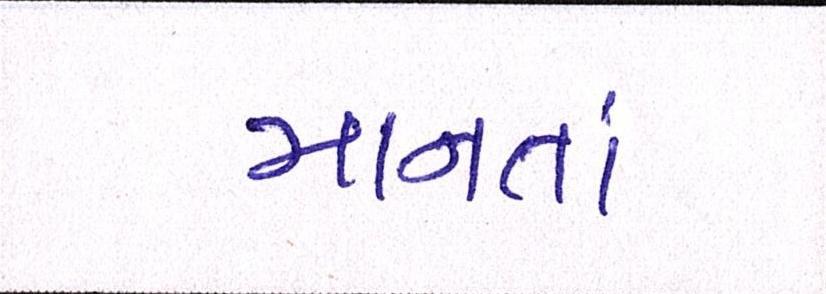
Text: માનતાં